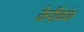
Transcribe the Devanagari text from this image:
केपीकेके